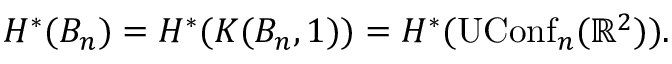
H ^ { * } ( B _ { n } ) = H ^ { * } ( K ( B _ { n } , 1 ) ) = H ^ { * } ( \operatorname { U C o n f } _ { n } ( \mathbb { R } ^ { 2 } ) ) .